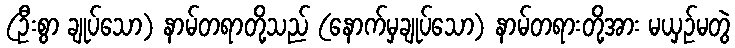
(ဦးစွာ ချုပ်သော) နာမ်တရာတို့သည် (နောက်မှချုပ်သော) နာမ်တရားတို့အား မယှဉ်မတွဲ